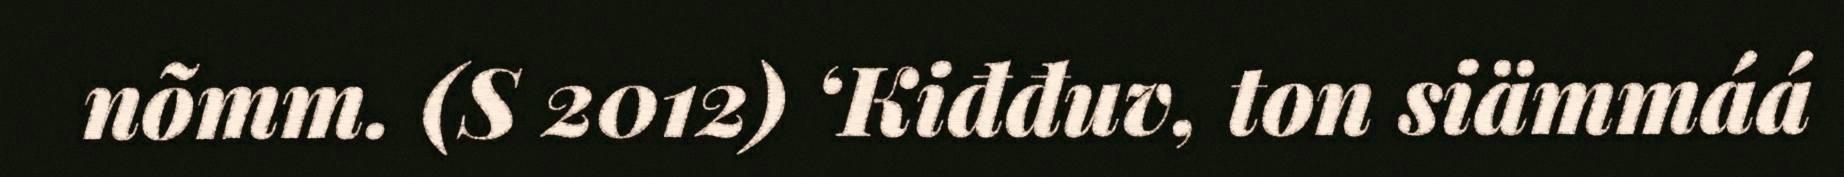
nõmm. (S 2012) ‘Kiđđuv, ton siämmáá